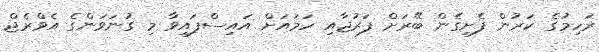
ރަހިމުގެ ކަރުން ފެށިގެން ބޭރަށް ފަރުޖާއި ހަމައަށް އައިސްފައިވާ މި ގުނަވަންގެ އެވްރެޖް